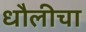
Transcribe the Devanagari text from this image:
धौलीचा